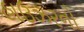
હાઉઝરનો